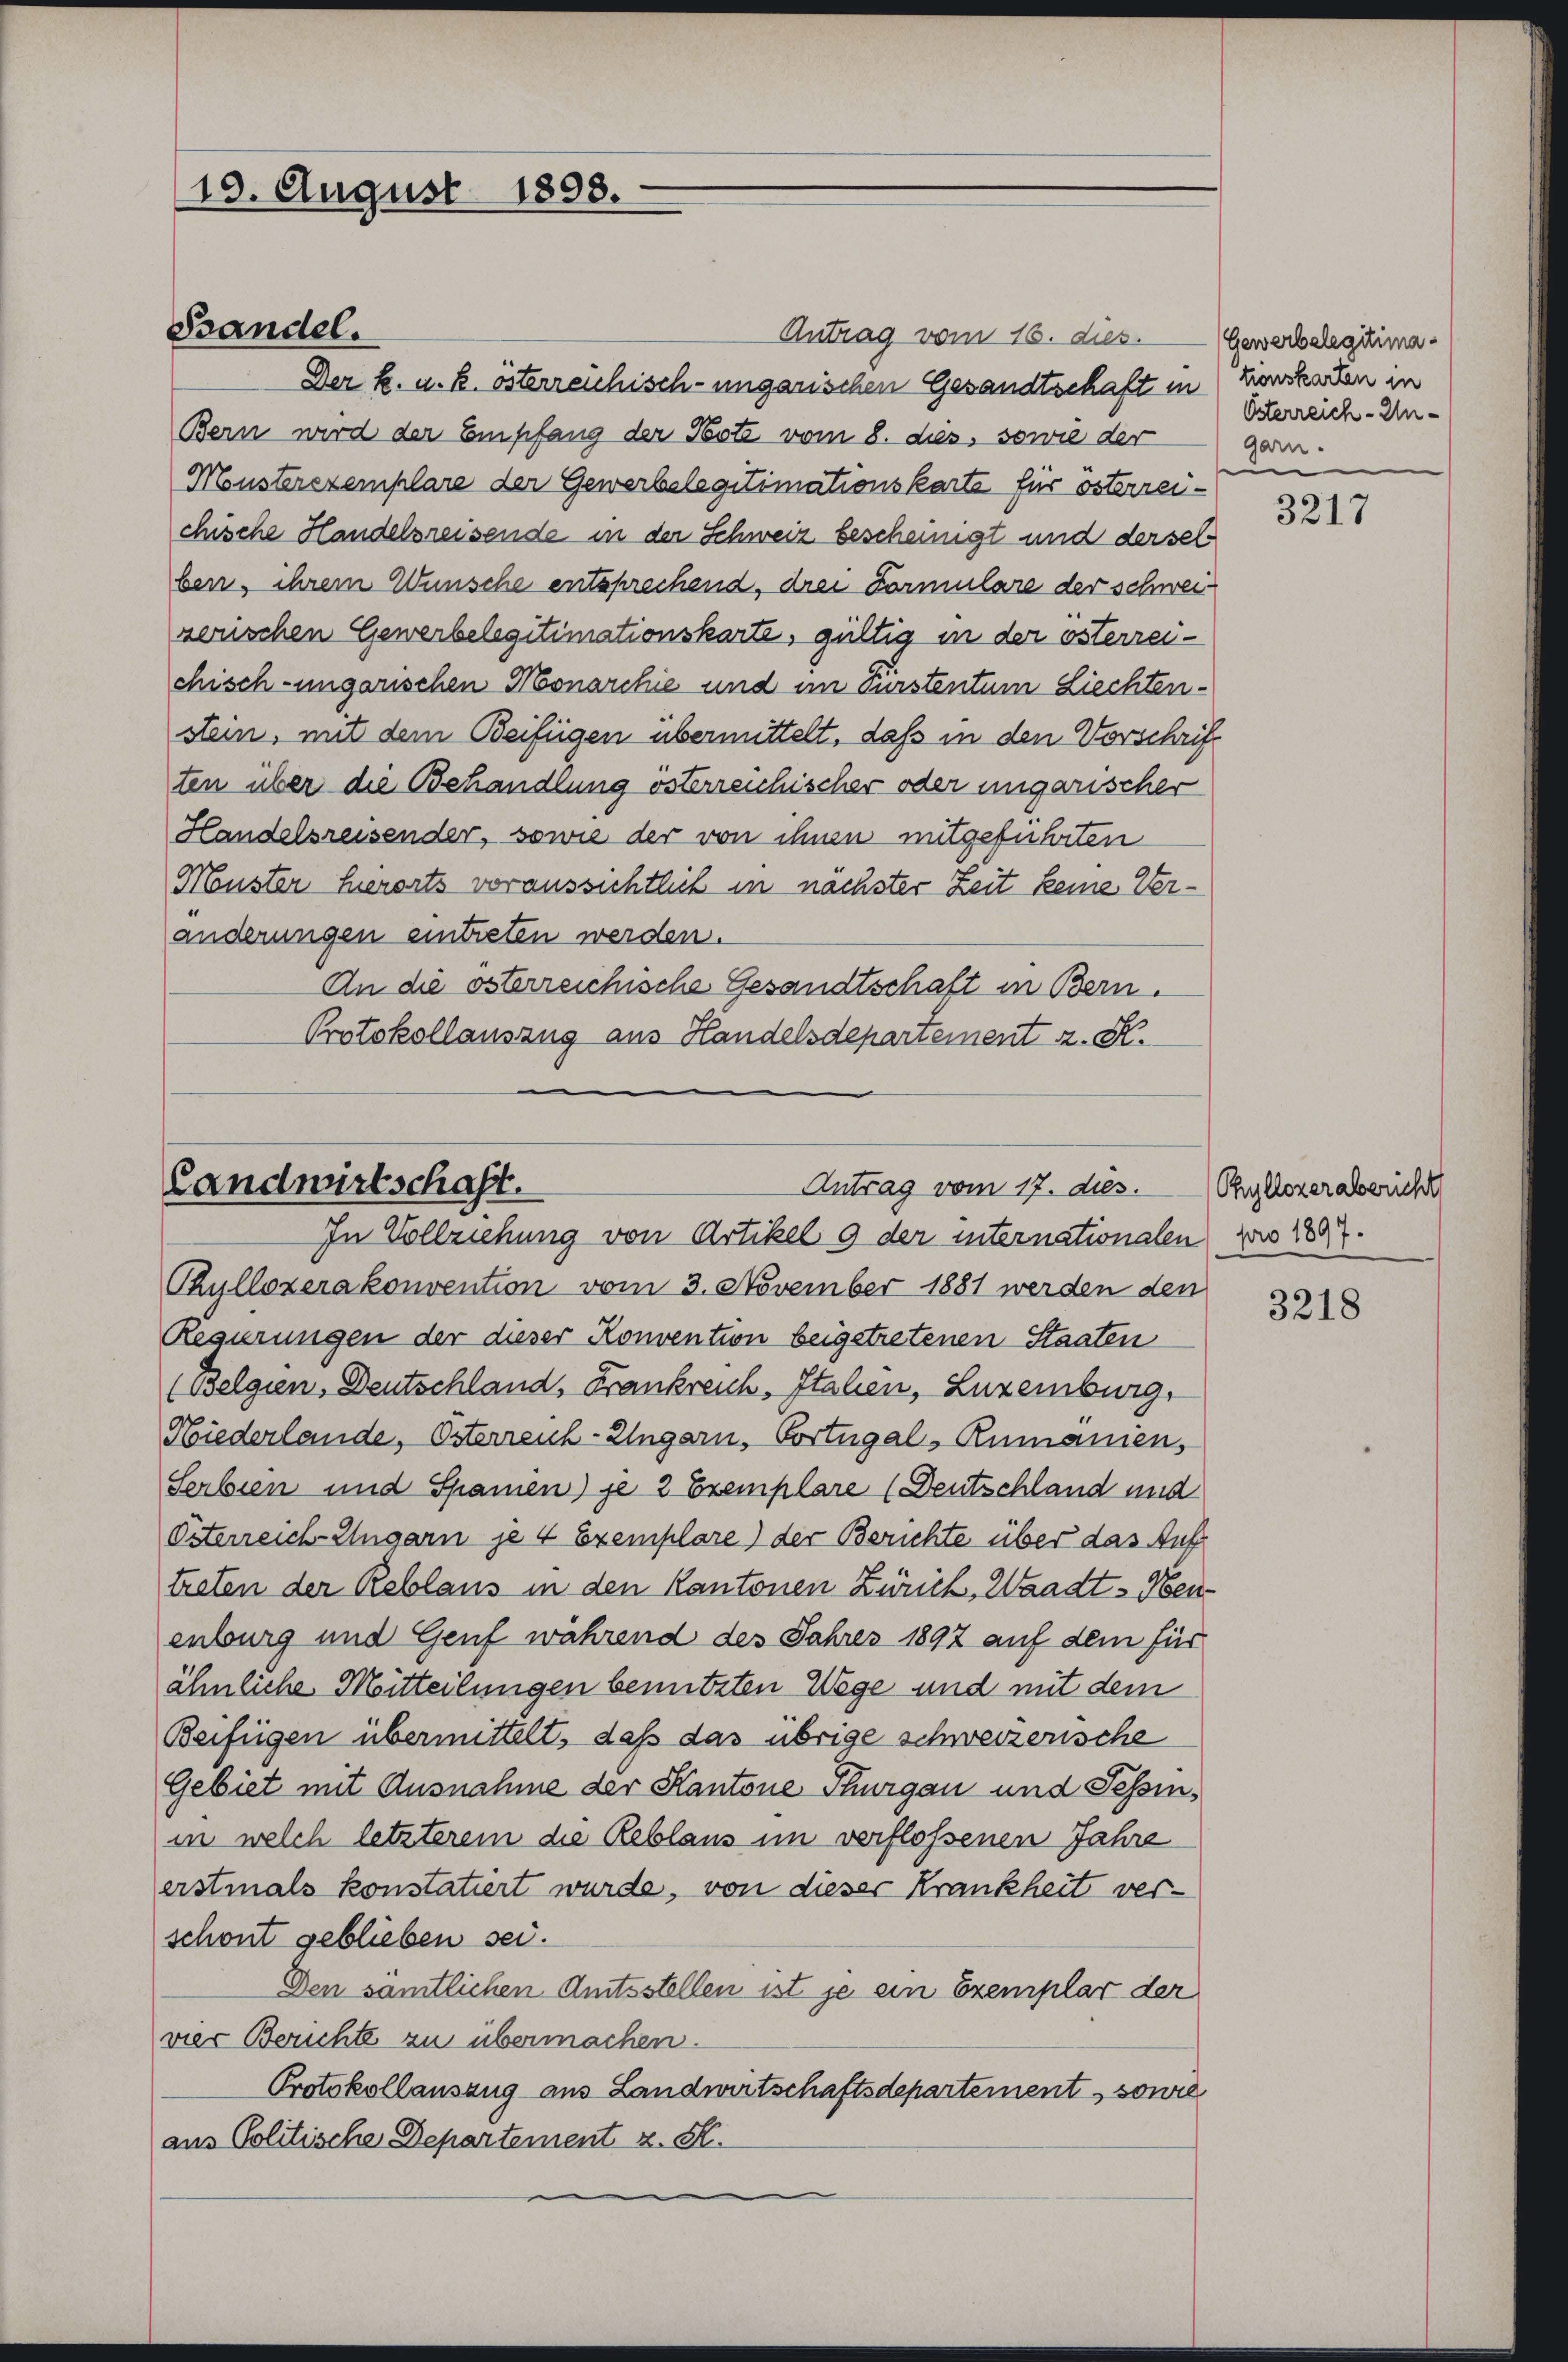
19. August 1898.

Antrag vom 16. dies. Gewerbelegiima¬
Der k. u. k. österreichisch-ungarischen Gesandtschaft in Zinsenden in
Bern wird der Empfang der Note vom 8. dies, sowie der
Monsterstemplare der Gewerbelegitimationskarte für österreichische Handelsreisende in der Schweiz bescheinigt und derselben, ihrem Wünsche entsprechend, drei Formulare der schweizerischen Gewerbelegitimationskarte, gültig in der österreichisch-ungarischen Monarchie und im Fürstentum Liechtenstein, mit dem Beifügen übermittelt, daß in den Vorschrift
ten über die Behandlung österreichischer oder ungarischer
Handelsreisender, sowie der von ihnen mitgeführten
Muster hierorts voraussichtlich in nächster Zeit keine Veränderungen eintreten werden.
An die österreichische Gesandtschaft in Bern.
Protokollauszug aus Handelsdepartement z. S.

Bandel.

Landwirtschaft.
Antrag vom 17. dies.
In Vollziehung von Artikel 9 der internationalen zuo 1887.

Chyllozerakonvention vom 3. November 1881 werden den
Regierungen der dieser Konvention beigetretenen Staaten
(Belgien, Deutschland, Frankreich, Italien, Luxemburg,
Niederlande, Österreich-Ungarn, Portugal-Rumanien,
Serbien und Spamen) je 2 Exemplare (Deutschland und
Piterreich-Ungarn je 4 Exemplare) der Berichte über das Auftreten der Reblaus in den Kantonen Zürich, Waadt - Neu-
enburg und Genf während des Jahres 1892 auf dem für
ähnliche Mitteilungen benutzten Wege und mit dem
Beifügen übermittelt, daß das übrige schweizerische
Gebiet mit Ausnahme der Kantone Thurgau und Tessin,
in welch letzterem die Reblaus im verflossenen Jahre
erstmals konstatiert wurde, von dieser Krankheit verschont geblieben sei.
Den samtlichen Amtsstellen ist je ein Exemplar der
vier Berichte zu übermachen.
Protokollauszug aus Landwirtschaftsdepartement, sowie
aus Politische Departement z. S.

Österreich-Ungarn.

3217

Phyllozerabericht

3218